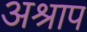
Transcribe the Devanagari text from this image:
अश्राप